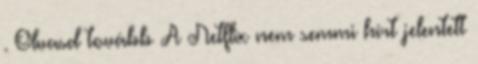
. Olvasd tovább A Netflix nem semmi hírt jelentett